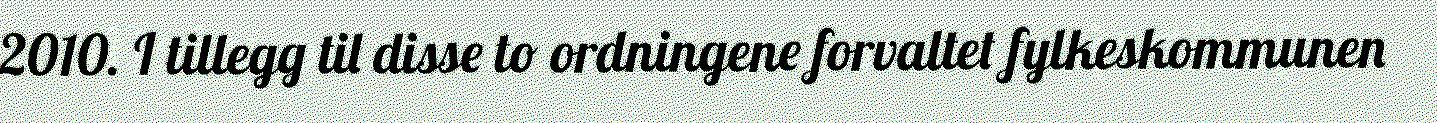
2010. I tillegg til disse to ordningene forvaltet fylkeskommunen